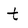
Character: t